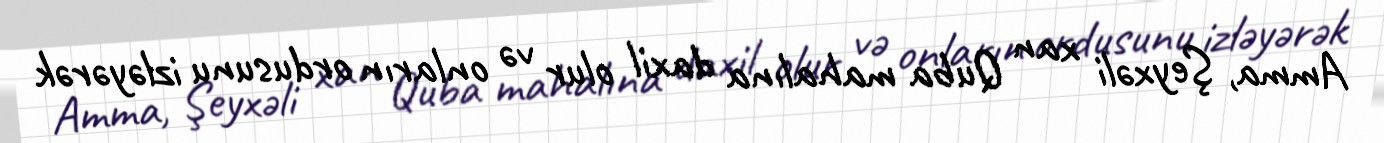
Amma, Şeyxəli xan Quba mahalına daxil olur və onların ordusunu izləyərək